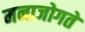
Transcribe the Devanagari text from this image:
मनाजोगते